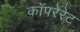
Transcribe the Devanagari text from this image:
कॉपरेरेट